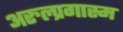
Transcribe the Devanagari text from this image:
अरुल्प्रगास्म